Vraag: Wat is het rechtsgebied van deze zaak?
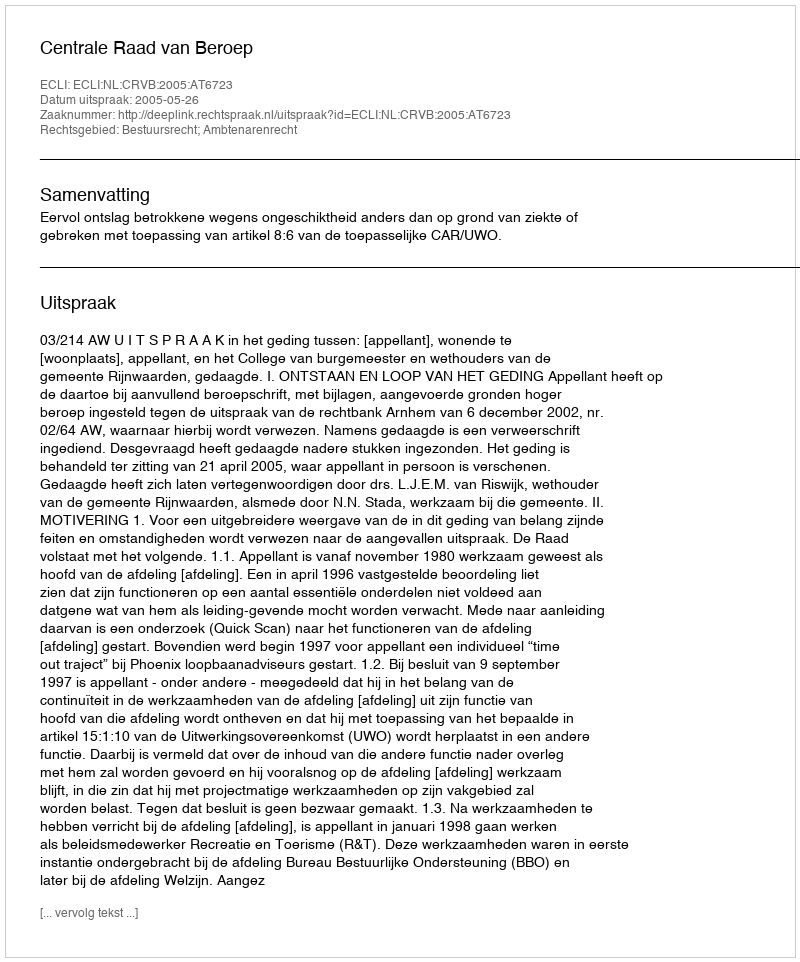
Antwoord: Bestuursrecht; Ambtenarenrecht